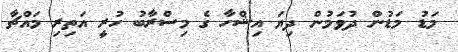
މަޑު މަޑުން ދުވަމުން ދިޔަ އިޝްހާ ގެ މިސްރާބު ހުރީ އަތިރި މައްޗާ